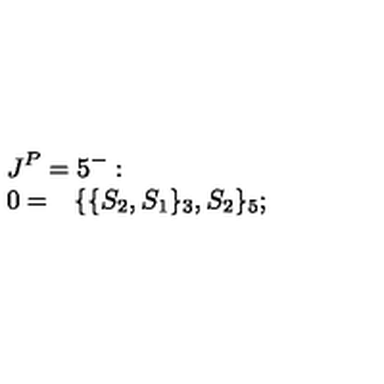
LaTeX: \begin{array} { l l } { \lefteqn { \! \! J ^ { P } = 5 ^ { - } : } \vspace { 1 m m } } \\ { \! \! 0 = } & { \{ \{ S _ { 2 } , S _ { 1 } \} _ { 3 } , S _ { 2 } \} _ { 5 } ; \qquad \qquad \qquad \qquad \qquad \qquad \qquad \qquad \qquad \qquad \qquad \qquad \qquad \qquad \qquad \qquad \qquad \qquad } \\ \end{array}